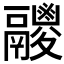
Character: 𩱛